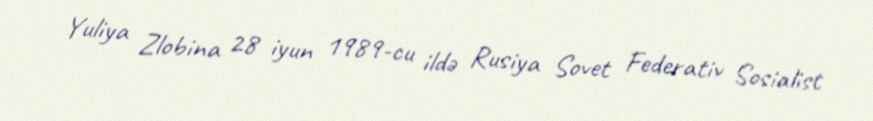
Yuliya Zlobina 28 iyun 1989-cu ildə Rusiya Sovet Federativ Sosialist